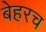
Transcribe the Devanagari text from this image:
बेहरच